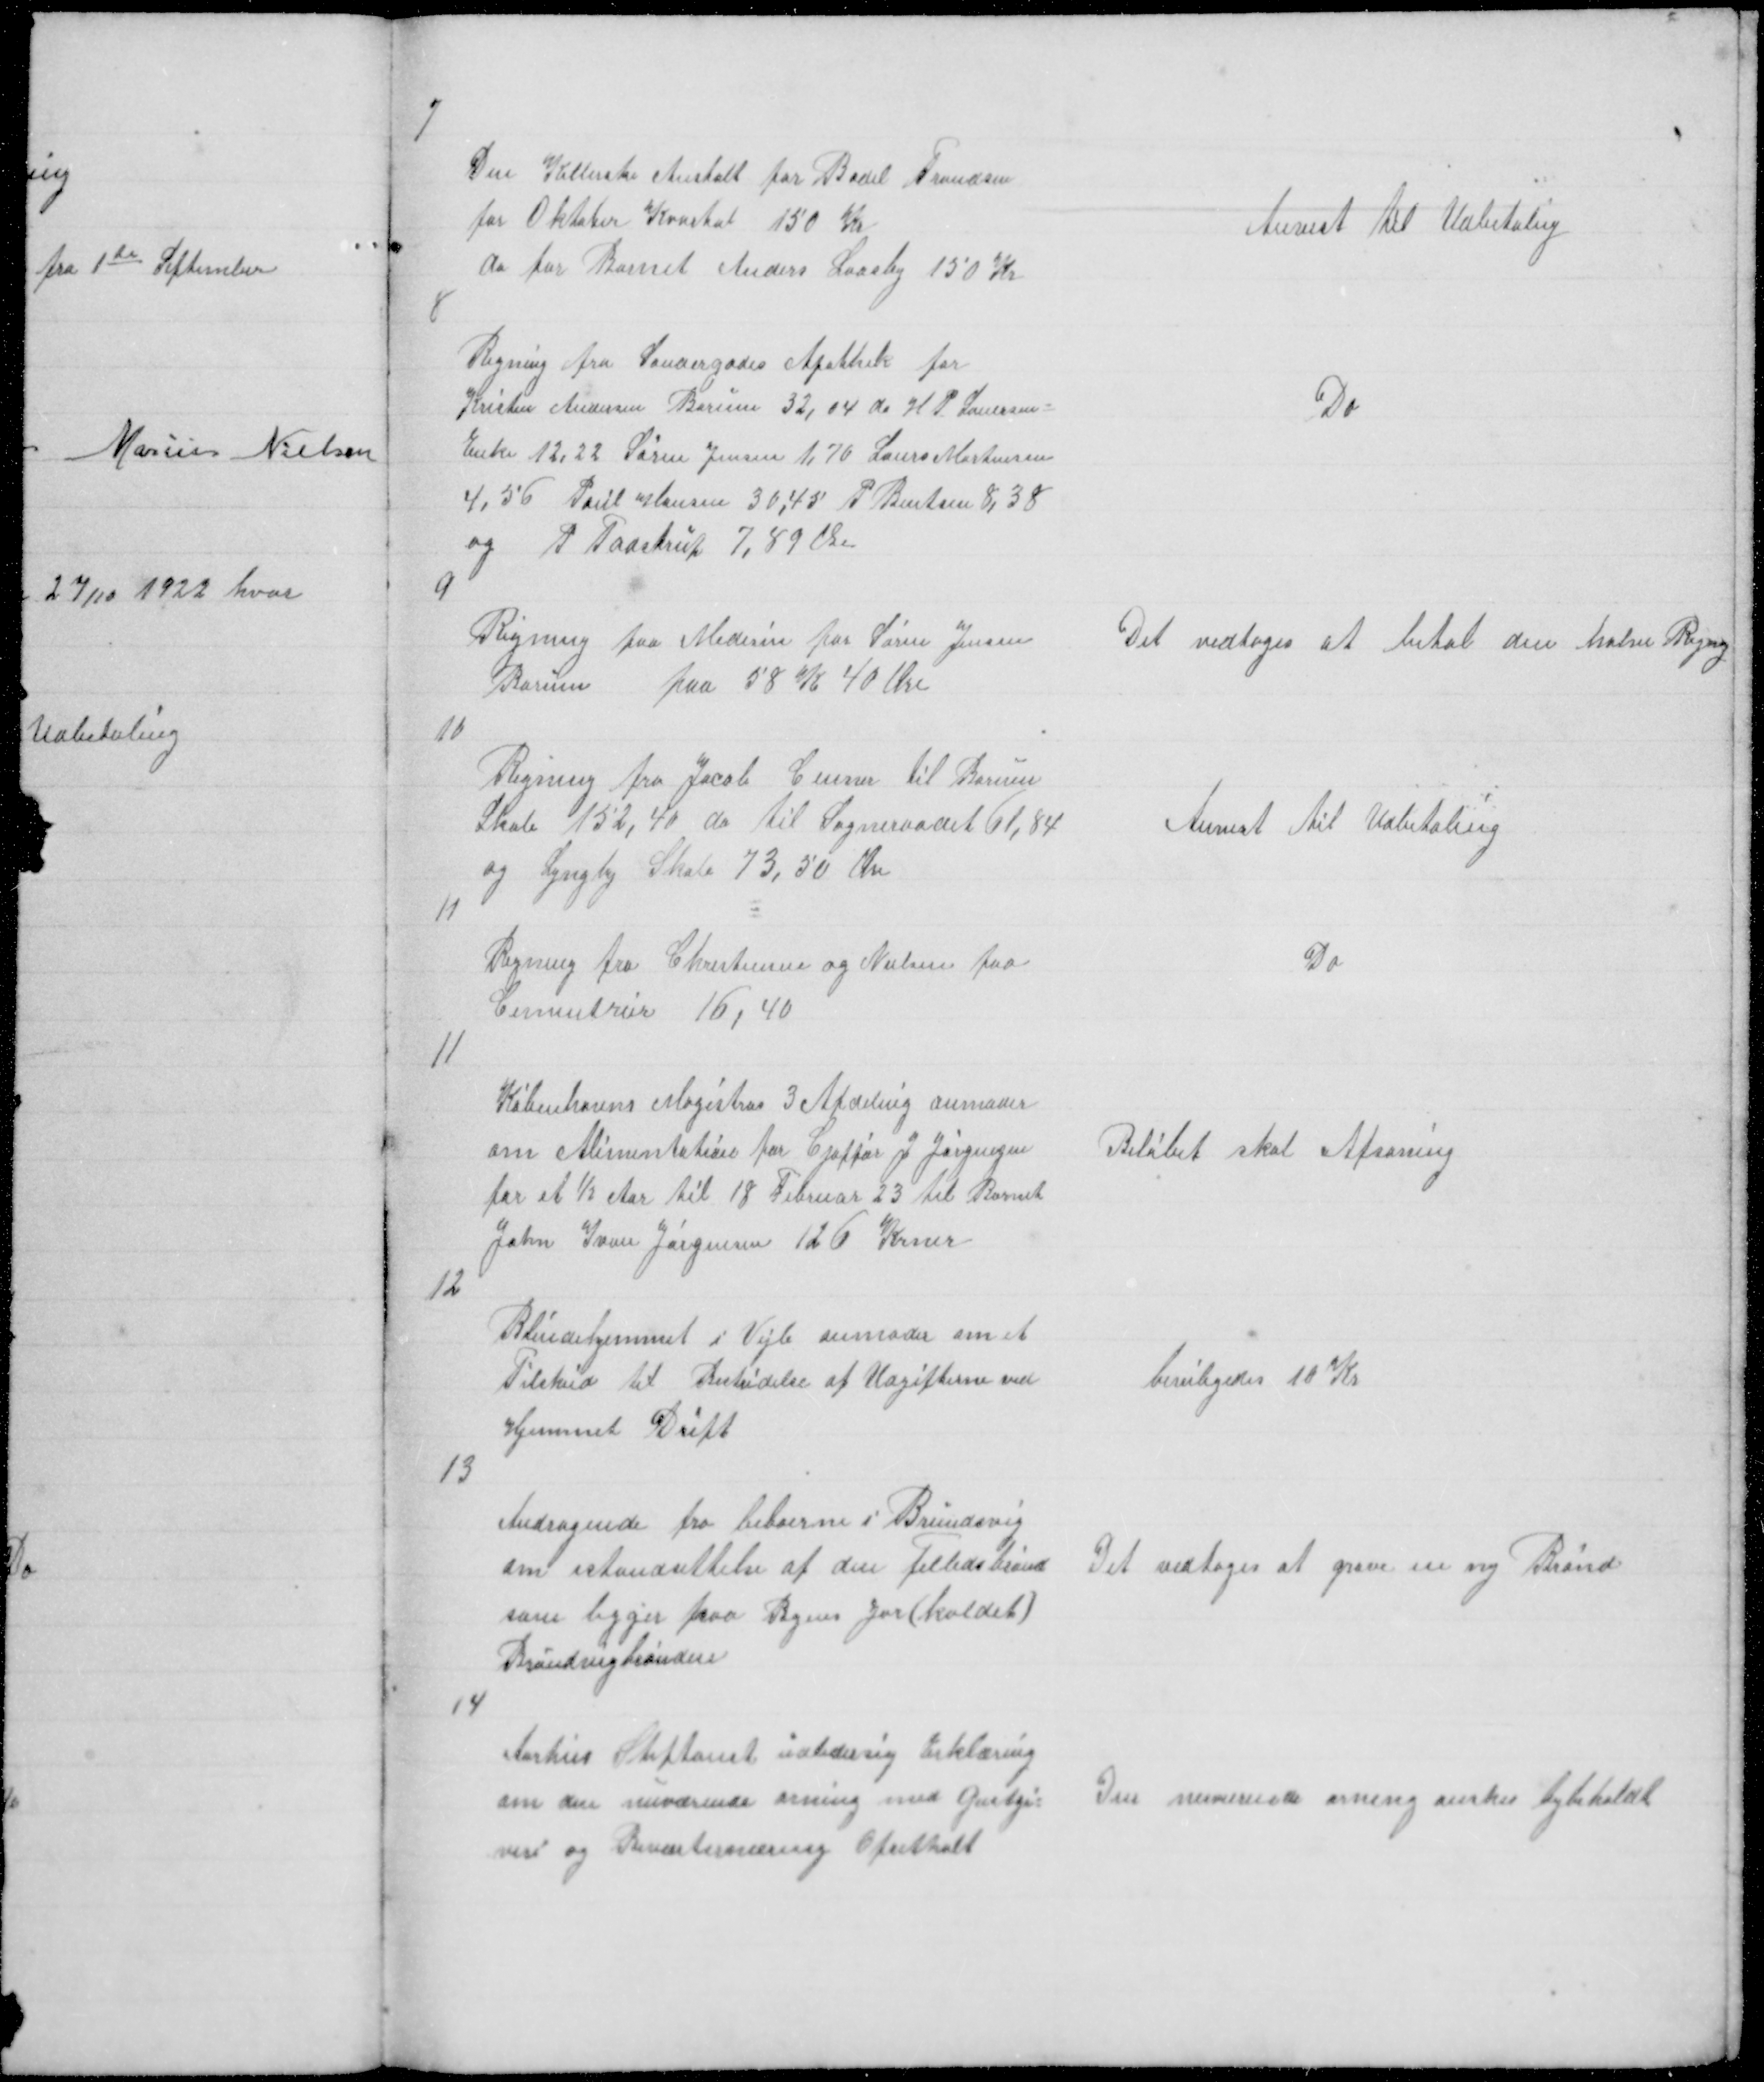
Transskription:
7

Den Kellerske Anstalt for Bodil Frandsen
for Oktober Kvartal 150 Kr
do for Barnet Anders Laasby 150 Kr

Anvist til Udbetaling

8

Regning fra Søndergades Apothek for
Kristen Andersen Borum 32,04 do H P Lauersen
Enke 12,22 Søren Jensen 1,70 Laurs Mortensen
4,56 Poul Hansen 30,45 P Bentsen 8,38
og P Taastrup 7,89 Øre

Do

9

Regning paa Medesin for Søren Jensen
Borum paa 58 K 40 Øre

Det vedtoges at betal den halve Regng

10

Regning fra Jacob Ceuner til Borum
Skole 152,40 do til Sogneraadet 61,84
og Lyngby Skole 73,50 Øre

Anvist til Udbetaling

11

Regning fra Christensen og Nielsen paa
Cementrør 16,40

Do

11

Københavns Magistras 3 Afdeling anmoder
om Alimentation for Cjoffør J Jørgensen
for et ½ Aar til 18 Februar 23 til Barnet
John Ivan Jørgensen 126 Krner

Beløbet skal Afsoning

12

Blindehjemmet i Vejle anmoder om et
Tilskud til Bestridelse af Udgifterne ved
Hjemmet Drift

beviligedes 10 Kr

13

Andragende fra beboerne i Brundsvig
om istandsettelse af den Felledsbrønd
som ligger paa Byens Jor (kaldet)
Brundvigbrønden

Det vedtoges at grave en ny Brønd

14

Aarhus Stiftamt udbeder sig Erklæring
om den nuværende orning med Gæstgi =
veri og Beværternæring Opretholt

Den nuværende orning ønskes bybeholdt